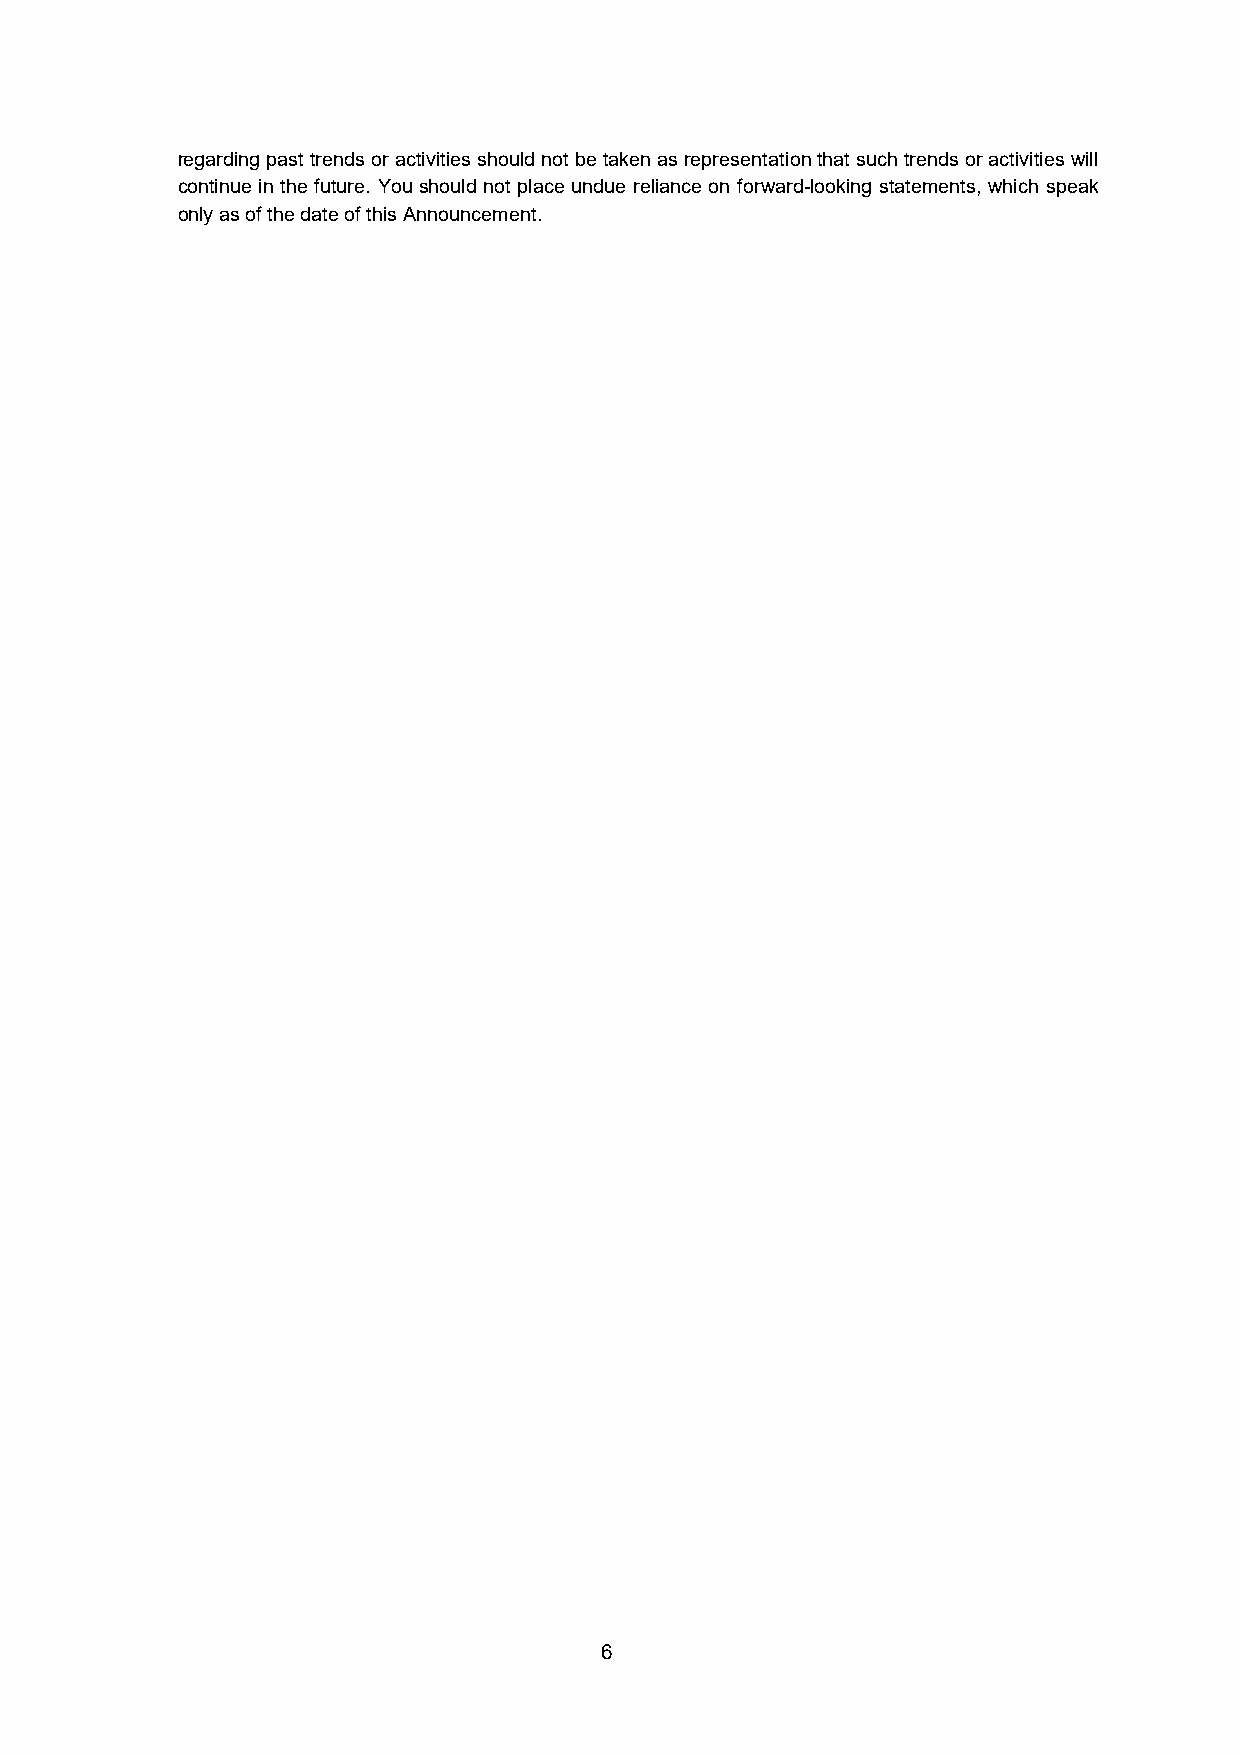
regarding past trends or activities should not be taken as representation that such trends or activities will
 continue in the future. You should not place undue reliance on forward-looking statements, which speak
 only as of the date of this Announcement.
 6